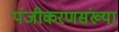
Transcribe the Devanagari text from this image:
पंजीकरणसंख्या